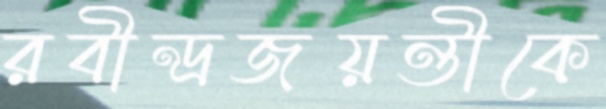
রবীন্দ্রজয়ন্তীকে